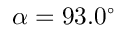
\alpha = 9 3 . 0 ^ { \circ }